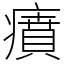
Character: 㿎